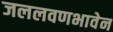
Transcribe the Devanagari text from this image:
जललवणभावेन